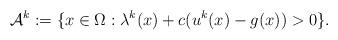
LaTeX: \begin{align*}\mathcal{A}^k := \{ x \in \Omega: \lambda^k(x) + c(u^k(x) - g(x)) > 0 \}.\end{align*}